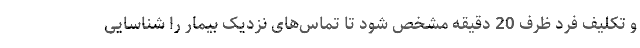
و تکلیف فرد ظرف 20 دقیقه‌ مشخص شود تا تماس‌های نزدیک بیمار را شناسایی